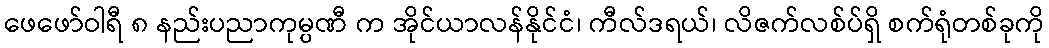
ဖေဖော်ဝါရီ ၈ နည်းပညာကုမ္ပဏီ က အိုင်ယာလန်နိုင်ငံ၊ ကီလ်ဒရယ်၊ လိဇက်လစ်ပ်ရှိ စက်ရုံတစ်ခုကို